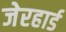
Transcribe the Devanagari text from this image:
जेरहार्ड